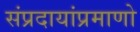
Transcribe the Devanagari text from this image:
संप्रदायांप्रमाणो